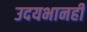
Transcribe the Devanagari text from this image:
उदयभानही